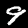
Digit: 9